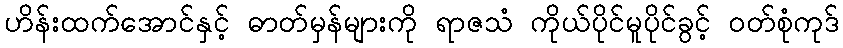
ဟိန်းထက်အောင်နှင့် ဓာတ်မှန်များကို ရာဇသံ ကိုယ်ပိုင်မူပိုင်ခွင့် ဝတ်စုံကုဒ်